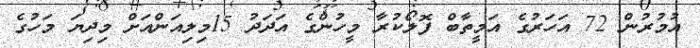
އުމުރުން 72 އަހަރުގެ އަމީތާބް ފޮލޯކުރާ މީހުންގެ އަދަދު 15މިލިއަންއަށް މިދިޔަ މަހުގެ